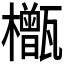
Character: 𬅎